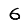
Digit: 6